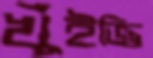
খুঁইজ্জি